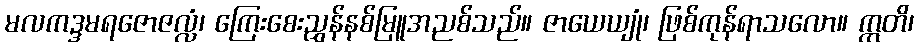
မလကဒ္ဒမရဇောဇလ္လံ၊ ကြေးစေးညွှန်နစ်မြူအညစ်သည်။ ဇာယေယျုံ၊ ဖြစ်ကုန်ရာသလော။ ဣတိ၊